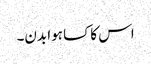
اس کا کسا ہوا بدن۔